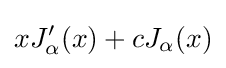
xJ'_{\alpha }(x)+cJ_{\alpha }(x)